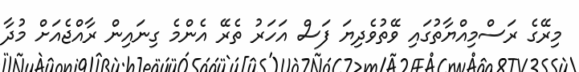
މިރޭގެ ރަސްމިއްޔާތުގައި ވޭތުވެދިޔަ ފަސް އަހަރު ތެރޭ އެންމެ ގިނައިން ރާއްޖެއަށް މުދާ